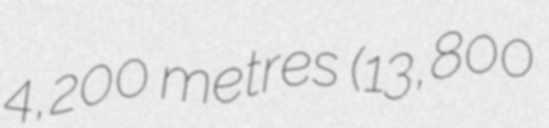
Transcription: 4,200 metres (13,800